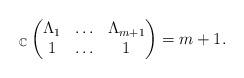
LaTeX: \begin{align*}_{\mathbb C}\begin{pmatrix}\Lambda_1 &\hdots &\Lambda_{m+1}\cr1 &\hdots &1\end{pmatrix}=m+1.\end{align*}